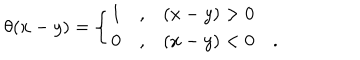
\theta ( x - y ) = \left\{ \begin{array} { c c l } { { 1 } } & { { , } } & { { ( x - y ) > 0 } } \\ { { 0 } } & { { , } } & { { ( x - y ) < 0 \quad . } } \\ \end{array} \right.